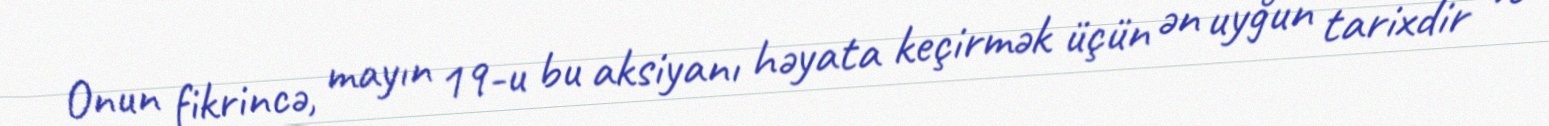
Onun fikrincə, mayın 19-u bu aksiyanı həyata keçirmək üçün ən uyğun tarixdir və